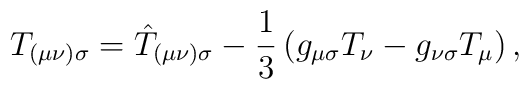
T_{(\mu \nu )\sigma }=\hat{T}_{(\mu \nu )\sigma}-\frac{1}{3}\left( g_{\mu \sigma }T_{\nu }-g_{\nu \sigma }T_{\mu}\right) ,